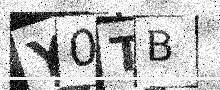
Text: Y0TB